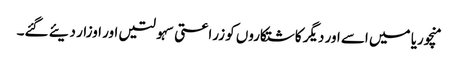
منچوریا میں اسے اور دیگر کاشتکاروں کو زراعتی سہولتیں اور اوزار دیئے گئے۔